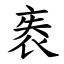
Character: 袠